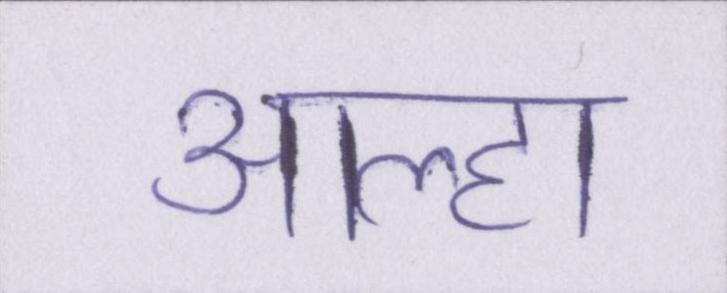
आल्हा